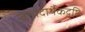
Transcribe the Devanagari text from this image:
सत्पदार्थैकदृष्टिः